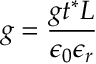
g = \frac { g t ^ { * } L } { \epsilon _ { 0 } \epsilon _ { r } }